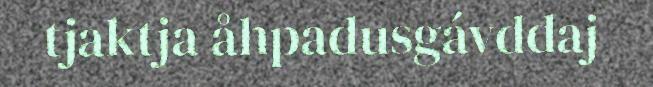
tjaktja åhpadusgávddaj